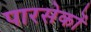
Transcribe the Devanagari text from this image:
पारसेकों